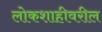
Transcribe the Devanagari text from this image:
लोकशाहीवरील